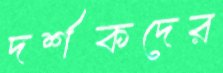
দর্শকদের